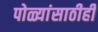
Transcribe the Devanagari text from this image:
पोळ्यांसाठीही